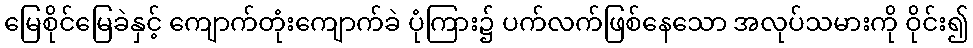
မြေစိုင်မြေခဲနှင့် ကျောက်တုံးကျောက်ခဲ ပုံကြား၌ ပက်လက်ဖြစ်နေသော အလုပ်သမားကို ဝိုင်း၍